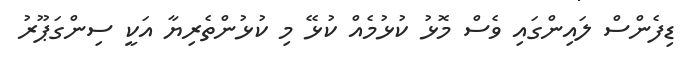
ޑިފެންސް ލައިންގައި ވެސް މޮޅު ކުޅުމެއް ކުޅޭ މި ކުޅުންތެރިޔާ އަކީ ސިންގަޕޫރު